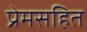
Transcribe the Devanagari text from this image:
प्रेमसहित